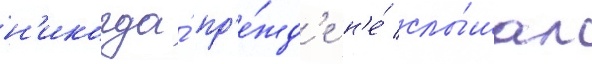
н'икогда́ пр'е́жд'е н'е́ слы́шал